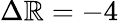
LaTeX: \Delta\mathbb{R}=-4